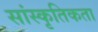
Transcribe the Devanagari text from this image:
सांस्कृतिकता